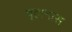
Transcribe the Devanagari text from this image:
वूहानास